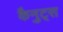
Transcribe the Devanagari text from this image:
कैनुट्स